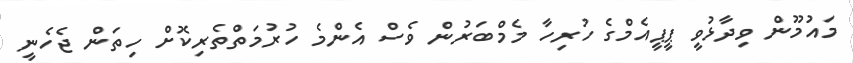
މައުމޫން ވިދާޅުވީ ޕީޕީއެމްގެ ހުރިހާ މެމްބަރުން ވެސް އެންމެ ހުރުމަތްތެރިކޮށް ހިތަން ޖެހެނީ